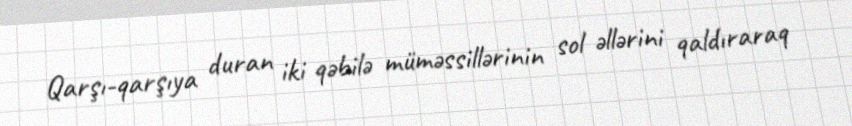
Qarşı-qarşıya duran iki qəbilə müməssillərinin sol əllərini qaldıraraq